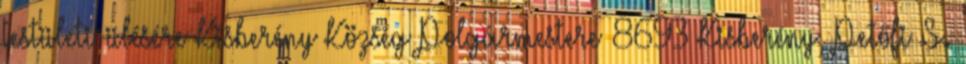
testületi ülésére Kisberény Község Polgármestere 8693 Kisberény, Petőfi S.